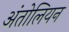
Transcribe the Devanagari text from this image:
अंतोलियन